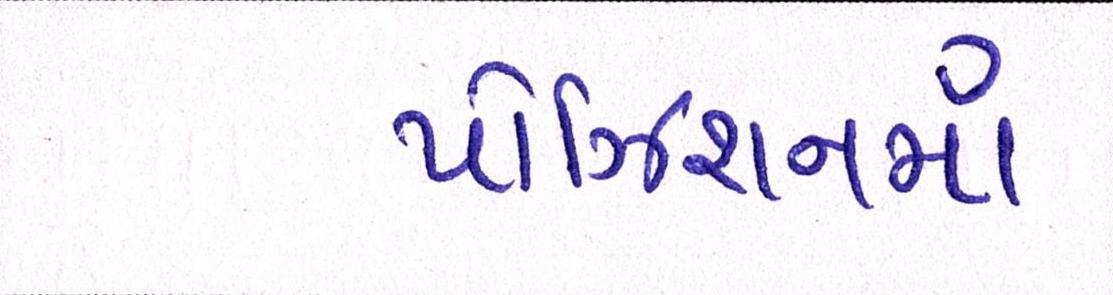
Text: પોઝિશનમાં